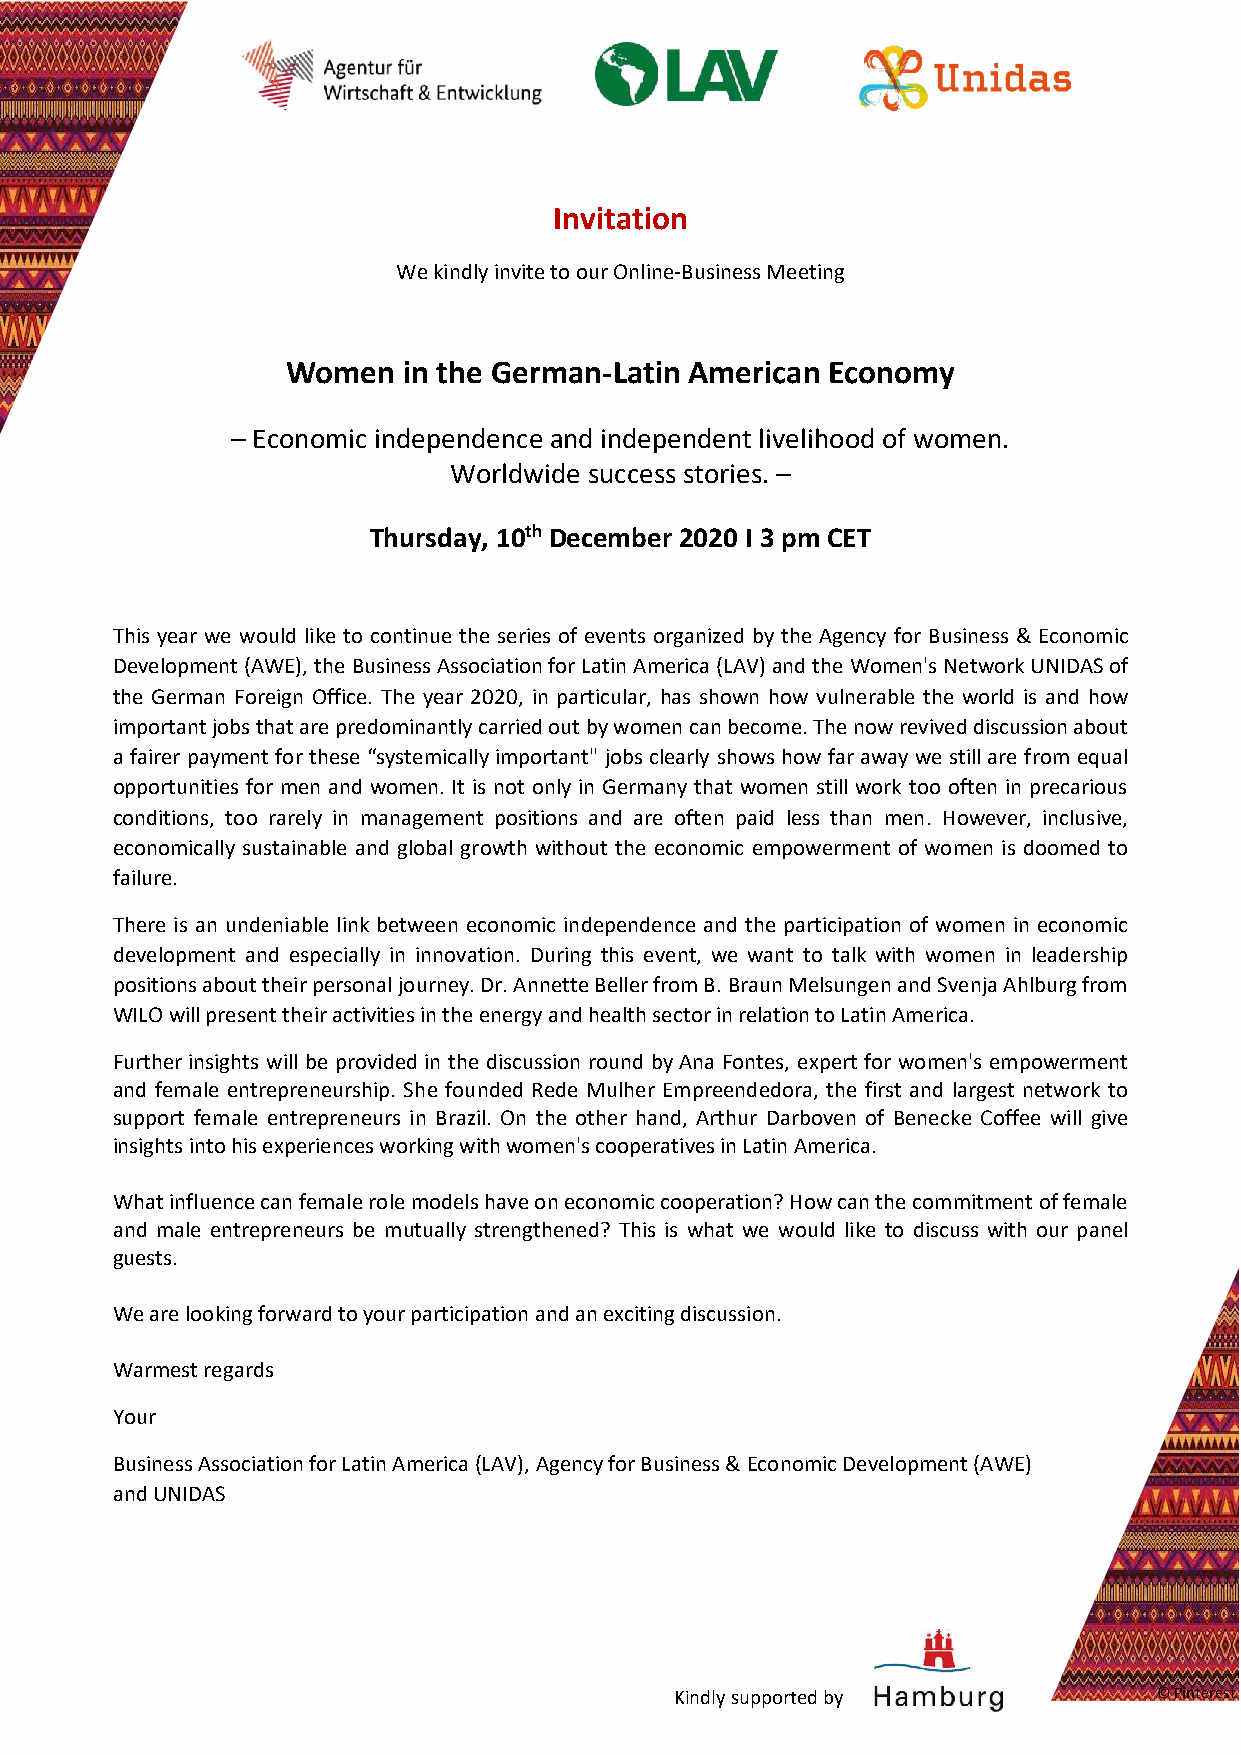
Invitation
 We kindly invite to our Online-Business Meeting
 Women   in the German-Latin American Economy
 – Economic independence and independent livelihood of women.
 Worldwide success stories. –
 Thursday, 10th December 2020 I 3 pm CET
 This year we would like to continue the series of events organized by the Agency for Business & Economic
 Development (AWE), the Business Association for Latin America (LAV) and the Women's Network UNIDAS of
 the German Foreign Office. The year 2020, in particular, has shown how vulnerable the world is and how
 important jobs that are predominantly carried out by women can become. The now revived discussion about
 a fairer payment for these “systemically important" jobs clearly shows how far away we still are from equal
 opportunities for men and women. It is not only in Germany that women still work too often in precarious
 conditions, too rarely in management positions and are often paid less than men. However, inclusive,
 economically sustainable and global growth without the economic empowerment of women is doomed to
 failure.
 There is an undeniable link between economic independence and the participation of women in economic
 development and especially in innovation. During this event, we want to talk with women in leadership
 positions about their personal journey. Dr. Annette Beller from B. Braun Melsungen and Svenja Ahlburg from
 WILO will present their activities in the energy and health sector in relation to Latin America.
 Further insights will be provided in the discussion round by Ana Fontes, expert for women's empowerment
 and female entrepreneurship. She founded Rede Mulher Empreendedora, the first and largest network to
 support female entrepreneurs in Brazil. On the other hand, Arthur Darboven of Benecke Coffee will give
 insights into his experiences working with women's cooperatives in Latin America.
 What influence can female role models have on economic cooperation? How can the commitment of female
 and male entrepreneurs be mutually strengthened? This is what we would like to discuss with our panel
 guests.
 We are looking forward to your participation and an exciting discussion.
 Warmest regards
 Your
 Business Association for Latin America (LAV), Agency for Business & Economic Development (AWE)
 and UNIDAS
 Kindly supported by             © Pinterest